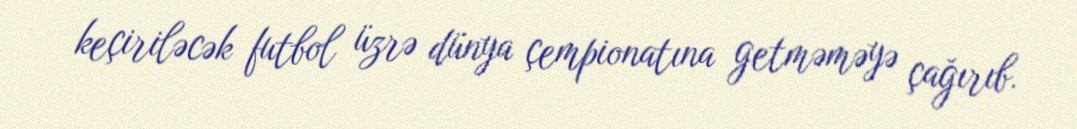
keçiriləcək futbol üzrə dünya çempionatına getməməyə çağırıb.